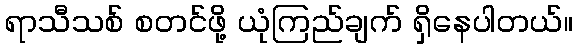
ရာသီသစ် စတင်ဖို့ ယုံကြည်ချက် ရှိနေပါတယ်။